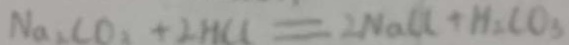
N a _ { 2 } C O _ { 2 } + 2 H C l = 2 N a C O _ { 2 } + H _ { 2 } C O _ { 3 }